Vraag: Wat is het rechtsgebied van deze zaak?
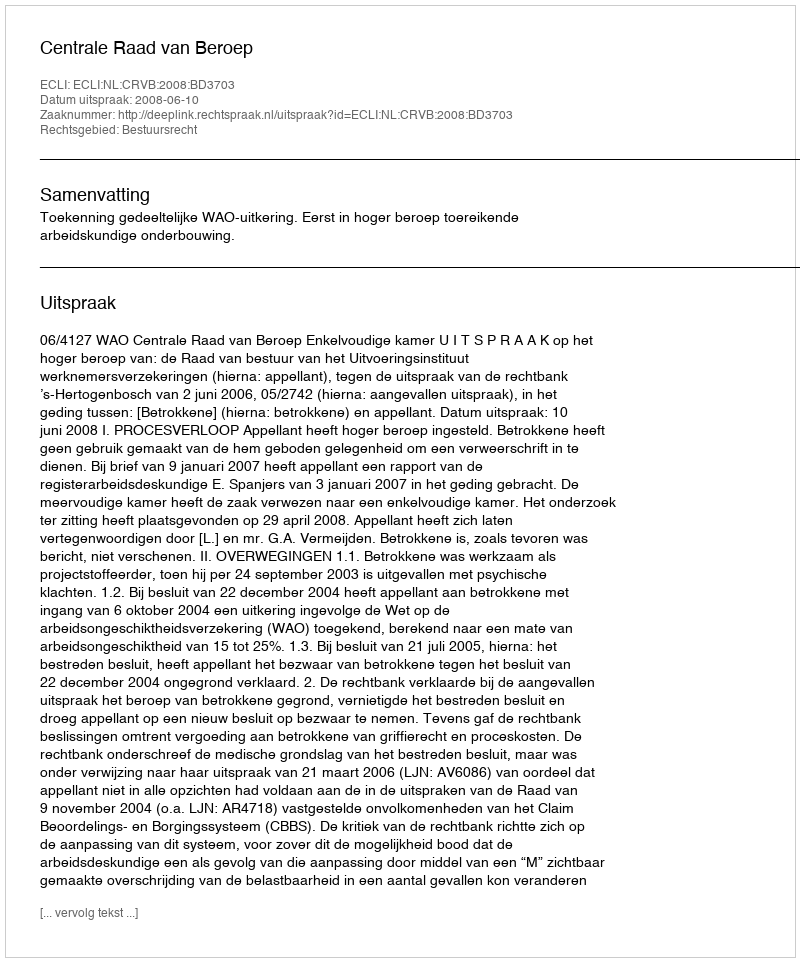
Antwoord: Bestuursrecht